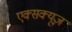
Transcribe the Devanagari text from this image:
एक्सक्यूज़